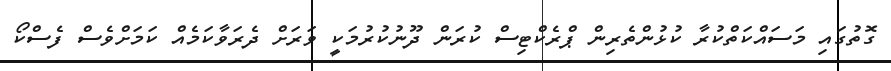
ގޮތުގައި މަސައްކަތްކުރާ ކުޅުންތެރިން ޕްރެކްޓިސް ކުރަން ދޫނުކުރުމަކީ ވަރަށް ދެރަވާކަމެއް ކަމަށްވެސް ފެސްކޯ